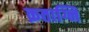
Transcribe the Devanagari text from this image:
क्रताग्नि